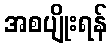
အစပျိုးရန်